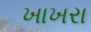
ખાખરા